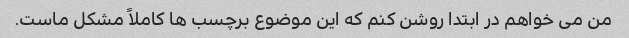
من می خواهم در ابتدا روشن کنم که این موضوع برچسب ها کاملاً مشکل ماست.